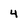
Character: 4